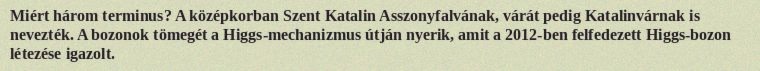
Miért három terminus? A középkorban Szent Katalin Asszonyfalvának, várát pedig Katalinvárnak is nevezték. A bozonok tömegét a Higgs-mechanizmus útján nyerik, amit a 2012-ben felfedezett Higgs-bozon létezése igazolt.